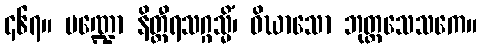
၄၆၇။ မဏ္ဍော နိတ္ထီရသဂ္ဂသ္မိံ၊ ဝိဃာသော ဘုတ္တသေသကေ။